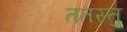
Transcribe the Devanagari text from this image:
ततस्तु